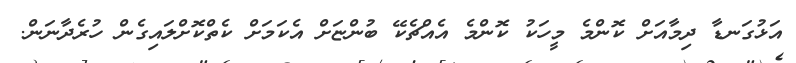
އަޅުގަނޑާ ދިމާއަށް ކޮންމެ މީހަކު ކޮންމެ އެއްޗެކޭ ބުންޏަށް އެކަމަށް ކެތްކޮށްލައިގެން ހުރެދާނަން.